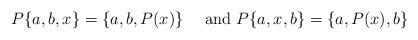
LaTeX: \begin{align*}P\{a,b,x\}=\{a,b,P(x)\}\quad\mbox{ and }P\{a,x,b\}=\{a,P(x),b\}\end{align*}